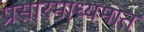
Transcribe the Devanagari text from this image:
प्रसारमाध्यमात